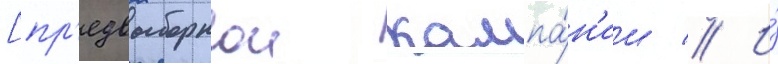
[пр'едвыборнои кампа́н'ии // И́